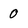
Character: 0